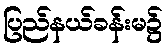
ပြည်နယ်ခန်းမ၌